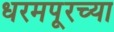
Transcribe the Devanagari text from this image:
धरमपूरच्या